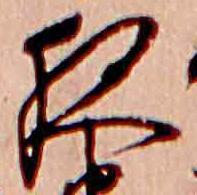
夜